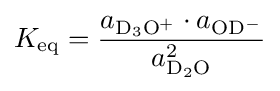
K_{\rm {eq}}={\frac {a_{\rm {D_{3}O^{+}}}\cdot a_{\rm {OD^{-}}}}{a_{\rm {D_{2}O}}^{2}}}